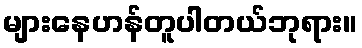
များနေဟန်တူပါတယ်ဘုရား။